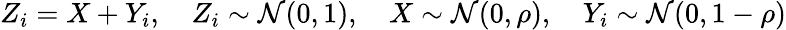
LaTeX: Z_{i}=X+Y_{i},\quad Z_{i}\sim\mathcal{N}(0,1),\quad X\sim\mathcal{N}(0,\rho),\quad Y_{i}\sim\mathcal{N}(0,1-\rho)